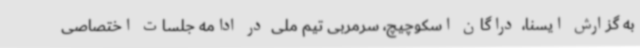
به گزارش ایسنا، دراگان اسکوچیچ، سرمربی تیم ملی در ادامه جلسات اختصاصی